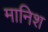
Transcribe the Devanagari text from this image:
मानिश